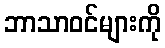
ဘာသာဝင်များကို